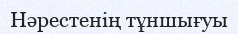
Нәрестенің тұншығуы